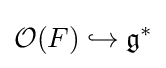
{\mathcal {O}}(F)\hookrightarrow {\mathfrak {g}}^{*}